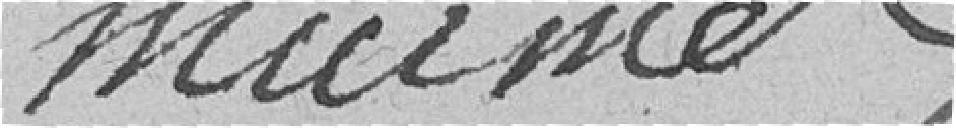
Marmet